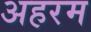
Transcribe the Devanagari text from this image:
अहरम